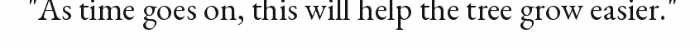
"As time goes on, this will help the tree grow easier."